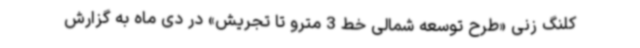
کلنگ زنی «طرح توسعه شمالی خط 3 مترو تا تجریش» در دی ماه به گزارش